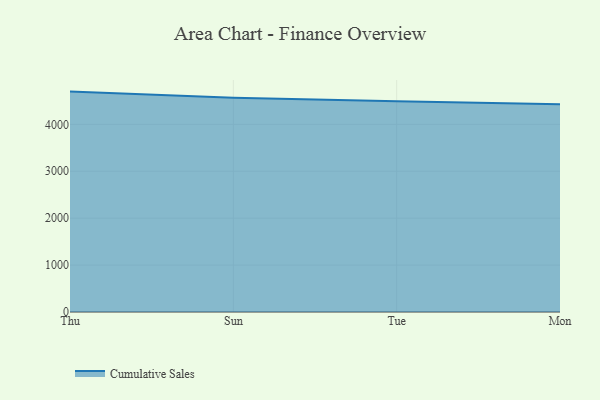
{"axis": {"x": "Day", "y": "Conversion Rate (%)"}, "legend": ["Cumulative Sales"], "data": [{"x": "Thu", "y": 4697.8, "type": "Cumulative Sales"}, {"x": "Sun", "y": 4566.3, "type": "Cumulative Sales"}, {"x": "Tue", "y": 4494.0, "type": "Cumulative Sales"}, {"x": "Mon", "y": 4429.0, "type": "Cumulative Sales"}]}